Medical and sanitary report of the native army of Madras for the year
Year: 1878
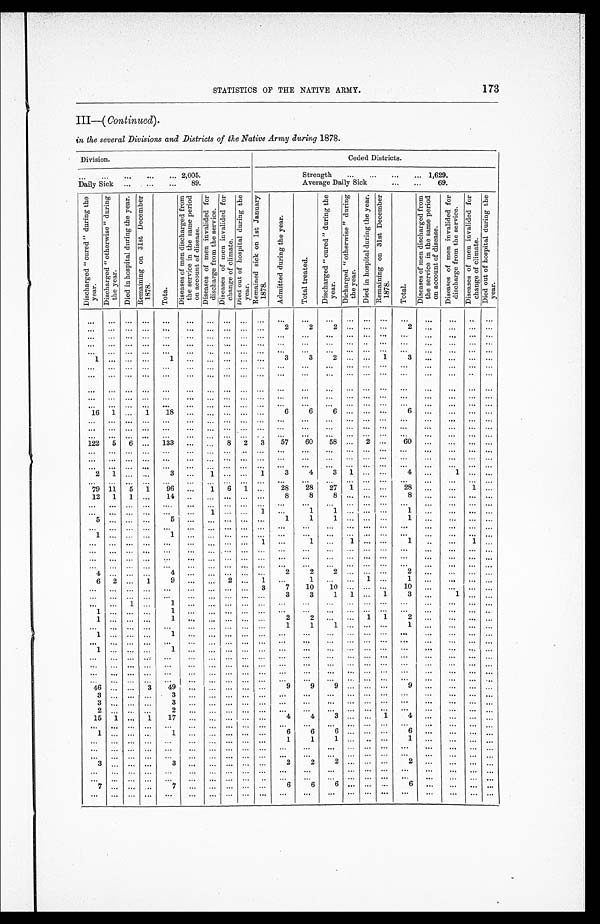
173
STATISTICS OF THE NATIVE ARMY.
I I I — (
C o n t i n u e d
) .
in the several Divisions and Districts of the Native Army during 1878.
D i v i s i o n .
C e d e d D i s t r i c t s .
. . . 2,005.
Strength . . .
1,629.
Daily Sick . . .
8 9 .
Average Daily Sick . . .
69.
D i s c h a r g e d " c u r e d " d u r i n g t h e
y e a r .
D i s c h a r g e d " o t h e r w i s e " d u r i n g t h e
year.
D i e d i n h o s p i t a l d u r i n g t h e y e a r .
R e m a i n i n g o n 3 1 s t D e c e m b e r
1878.
T o t a .
D i s e a s e s o f m e n d i s c h a r g e d f r o m
t h e s e r v i c e i n t h e s a m e p e r i o d
o n a c c o u n t o f d i s e a s e .
D i s e a s e s o f m e n i n v a l i d e d f o r
d i s c h a r g e f r o m t h e s e r v i c e .
D i s e a s e s o f m e n i n v a l i d e d f o r
c h a n g e o f c l i ma t e .
D i e d o u t o f h o s p i t a l d u r i n g t h e
year.
R e m a i n e d s i c k o n 1 s t J a n u a r y
1878.
A d m i t t e d d u r i n g t h e y e a r .
T o t a l t r e a t e d .
D i s c h a r g e d " c u r e d " d u r i n g t h e
y e a r .
D i s c h a r g e d " o t h e r w i s e " d u r i n g
the year.
D i e d i n h o s p i t a l d u r i n g t h e y e a r . R e m a i n i n g o n 3 1 s t D e c e m b e r
1878.
T o t a l .
D i s e a s e s o f m e n d i s c h a r g e d f r o m
t h e s e r v i c e i n t h e s a m e p e r i o d
o n a c c o u n t o f d i s e a s e .
D i s e a s e s o f m e n i n v a l i d e d f o r
d i s c h a r g e f r o m t h e s e r v i c e .
D i s e a s e s o f m e n i n v a l i d e d f o r c h a n g e o f c l i m a t e .
D i e d o u t o f h o s p i t a l d u r i n g t h e
year.
. . . . . .
. . .
. . .
. . .
. . .
. . .
. . .
. . .
. . .
. . .
. . .
. . .
. . .
. . .
. . .
. . .
. . .
. . .
. . .
. . .
. . . . . .
. . .
. . .
. . .
. . .
. . .
. . .
. . .
. . .
2
2
2
. . .
. . . . . .
2
. . .
. . .
. . .
. . .
. . . . . .
. . .
. . . . . .
. . .
. . .
. . .
. . .
. . .
. . .
. . .
. . .
. . .
. . .
. . .
. . .
. . .
. . .
. . .
. . .
. . . . . .
. . .
. . .
. . .
. . .
. . .
. . .
. . .
. . .
. . .
. . .
. . .
. . .
. . .
. . .
. . .
. . .
. . .
. . .
. . .
. . . . . .
. . .
. . . . . .
. . .
. . . . . .
. . .
. . .
. . .
. . .
. . .
. . .
. . .
. . .
. . .
. . .
. . .
. . .
. . .
1
. . .
. . .
. . .
1
. . .
. . .
. . .
. . . . . .
3
3
2
. . .
. . .
1
3
. . .
. . .
. . .
. . .
. . . . . .
. . .
. . .
. . .
. . .
. . .
. . .
. . . . . .
. . .
. . .
. . .
. . .
. . .
. . .
. . .
. . .
. . .
. . .
. . .
. . .
. . .
. . .
. . . . . .
. . .
. . .
. . .
. . .
. . .
. . .
. . .
. . .
. . .
. . .
. . .
. . .
. . .
. . .
. . .
. . .
. . . . . .
. . .
. . .
. . .
. . .
. . .
. . .
. . .
. . .
. . .
. . .
. . .
. . .
. . .
. . .
. . .
. . .
. . .
. . .
. . .
. . .
. . .
. . .
. . .
. . .
. . .
. . .
. . .
. . .
. . .
. . .
. . .
. . .
. . .
. . .
. . .
. . .
. . .
. . .
. . .
. . .
. . . . . .
. . .
. . .
. . .
. . .
. . .
. . .
. . .
. . .
. . .
. . .
. . .
. . .
. . .
. . .
. . .
. . .
. . .
. . .
. . .
16
1
. . .
1
18
. . .
. . .
. . .
. . .
. . .
6
6
6
. . .
. . . . . .
6
. . .
. . .
. . .
. . .
. . .
. . .
. . .
. . .
. . .
. . .
. . .
. . .
. . .
. . .
. . .
. . .
. . .
. . .
. . .
. . .
. . .
. . .
. . .
. . .
. . .
. . . . . .
. . .
. . .
. . .
. . .
. . .
. . .
. . .
. . .
. . .
. . .
. . .
. . .
. . .
. . .
. . .
. . .
. . .
. . .
. . .
. . . . . .
. . .
. . . . . .
. . .
. . .
. . .
. . .
. . .
. . .
. . .
. . .
. . .
. . .
. . .
. . .
. . .
. . .
. . .
. . .
122
5
6
. . .
133
. . .
. . .
8
2
3
57
60
58
. . .
2
. . .
60
. . .
. . .
. . .
. . .
. . . . . .
. . .
. . .
. . .
. . .
. . .
. . .
. . .
. . .
. . .
. . .
. . .
. . .
. . .
. . .
. . .
. . .
. . .
. . .
. . .
. . . . . .
. . .
. . .
. . .
. . .
. . .
. . .
. . .
. . .
. . .
. . .
. . .
. . .
. . .
. . .
. . .
. . .
. . .
. . .
. . .
. . .
. . .
. . .
. . .
. . .
. . .
. . .
. . .
. . .
. . .
. . .
. . .
. . .
. . .
. . .
. . .
. . .
. . .
. . .
. . .
. . .
2
1
. . .
. . .
3
. . .
1
. . .
. . .
1
3
4
3
1
. . .
. . .
4
. . .
1
. . .
. . .
. . . . . .
. . .
. . .
. . .
. . .
. . . . . .
. . .
. . .
. . .
. . .
. . .
. . .
. . .
. . .
. . .
. . .
. . .
. . .
. . .
79
11
5
1
96
. . .
1
6
1
. . .
28
28
27
1
. . .
. . .
28
. . .
. . .
1
. . .
12
1
1
. . .
14
. . .
. . . . . .
. . .
. . .
8
8
8
. . .
. . . . . .
8
. . .
. . .
. . .
. . .
. . . . . .
. . .
. . .
. . .
. . .
. . .
. . .
. . .
. . .
. . .
. . .
. . .
. . .
. . .
. . .
. . .
. . .
. . .
. . .
. . .
. . . . . .
. . .
. . .
. . .
. . .
1
. . .
. . .
1
. . .
1 1
. . .
. . . . . .
1
. . .
. . .
. . .
. . .
5
. . .
. . .
. . .
5
. . .
. . .
. . .
. . .
. . .
1
1 1
. . .
. . . . . .
1
. . .
. . .
. . .
. . .
. . . . . .
. . .
. . .
. . .
. . .
. . .
. . .
. . .
. . .
. . .. . .
. . .
. . .
. . . . . .
. . .
. . .
. . .
. . .
. . .
1
. . .
. . .
. . .
1
. . .
. . .
. . .
. . .
. . .
. . .
. . .
. . .
. . .
. . .
. . .
. . .
. . .
. . .
. . .
. . .
. . . . . .
. . .
. . .
. . .
. . .
. . .
. . .
. . .
1
. . .
1
. . .
1
. . . . . .
1
. . .
. . .
1
. . .
. . . . . .
. . .
. . .
. . .
. . .
. . . . . .
. . .
. . .
. . .
. . . . . .
. . .
. . . . . .
. . .
. . .
. . .
. . .
. . .
. . . . . .
. . .
. . .
. . .
. . .
. . .
. . .
. . .
. . .
. . .
. . .
. . .
. . .
. . .
. . .
. . .
. . .
. . .
. . .
. . .
. . . . . .
. . .
. . .
. . .
. . .
. . .
. . .
. . .
. . .
. . .
. . .
. . .
. . .
. . . . . .
. . .
. . .
. . .
. . .
. . .
4
. . .
. . .
. . .
4
. . .
. . .
. . .
. . .
. . .
2
2 2
. . .
. . . . . .
2
. . .
. . .
. . .
. . .
6
2
. . .
1
9
. . . . . .
2
. . .
1
. . .
1
. . .
. . . 1
. . .
1
. . .
. . .
. . .
. . .
. . .
. . .
. . .
. . .
. . .
. . .
. . .
. . .
. . .
3
7
10
10
. . .
. . .
. . .
10
. . .
. . .
. . .
. . .
. . . . . .
. . .
. . .
. . .
. . .
. . .
. . .
. . .
. . .
3
3
1
1
. . .
1
3
. . .
1
. . .
. . .
. . .
. . .
1
. . .
1
. . .
. . .
. . .
. . .
. . .
. . .
. . .
. . .
. . .
. . .
. . .
. . .
. . .
. . .
. . .
. . .
1
. . .
. . .
. . .
1
. . .
. . .
. . .
. . .
. . .
. . .
. . .
. . .
. . .
. . .
. . .
. . .
. . .
. . .
. . .
. . .
1
. . .
. . .
. . .
1
. . .
. . .
. . .
. . .
. . .
2
2
. . .
. . .
1
1
2
. . .
. . .
. . .
. . .
. . . . . .
. . .
. . .
. . .
. . .
. . .
. . .
. . .
. . .
1
1 1
. . .
. . . . . .
1
. . .
. . .
. . .
. . .
1
. . .
. . .
. . .
1
. . .
. . .
. . .
. . .
. . .
. . .
. . .
. . .
. . .
. . .
. . .
. . .
. . .
. . .
. . .
. . .
. . .
. . .
. . .
. . .
. . .
. . .
. . .
. . .
. . .
. . .
. . .
. . .
. . .
. . .
. . .
. . .
. . .
. . .
. . .
. . .
. . .
1
. . .
. . .
. . .
1
. . .
. . .
. . .
. . .
. . .
. . .
. . .
. . .
. . .
. . .
. . .
. . .
. . .
. . .
. . .
. . .
. . . . . .
. . .
. . .
. . .
. . .
. . .
. . .
. . .
. . .
. . .
. . .
. . .
. . .
. . .
. . .
. . .
. . .
. . .
. . .
. . .
. . .
. . .
. . .
. . .
. . .
. . .
. . .
. . .
. . .
. . .
. . .
. . .
. . .
. . .
. . .
. . .
. . .
. . .
. . .
. . .
. . .
. . . . . .
. . .
. . .
. . .
. . .
. . .
. . .
. . .
. . .
. . .
. . .
. . .
. . .
. . .
. . .
. . .
. . .
. . .
. . .
. . .
. . . . . .
. . .
. . .
. . .
. . .
. . .
. . .
. . .
. . .
. . .
. . .
. . .
. . .
. . .
. . .
. . .
. . .
. . .
. . .
. . .
46
. . .
. . .
3
49
. . .
. . .
. . .
. . .
. . .
9
9 9
. . .
. . . . . .
9
. . .
. . .
. . .
. . .
3
. . .
. . .
. . .
3
. . .
. . .
. . .
. . .
. . .
. . .
. . .
. . .
. . .
. . .
. . .
. . .
. . .
. . .
. . .
. . .
3
. . .
. . .
. . .
3
. . .
. . .
. . .
. . .
. . .
. . .
. . .
. . .
. . .
. . .
. . .
. . .
. . .
. . .
. . .
. . .
2
. . .
. . .
. . .
2
. . .
. . .
. . .
. . .
. . .
. . .
. . .
. . .
. . .
. . .
. . .
. . .
. . .
. . .
. . .
. . .
15
1
. . .
1
17
. . .
. . .
. . .
. . .
. . .
4
4
3
. . .
. . .
1
4
. . .
. . .
. . .
. . .
. . .
. . .
. . .
. . .
. . .
. . .
. . .
. . .
. . .
. . .
. . .
. . .
. . .
. . .
. . .
. . .
. . .
. . .
. . .
. . .
. . .
1
. . .
. . .
. . .
1
. . .
. . .
. . .
. . .
. . .
6
6 6
. . .
. . . . . .
6
. . .
. . .
. . .
. . .
. . .
. . .
. . .
. . .
. . .
. . .
. . . .
. . .
. . .
. . .
1
1 1
. . .
. . . . . .
1
. . .
. . .
. . .
. . .
. . . . . .
. . .
. . .
. . .
. . .
. . .
. . .
. . .
. . .
. . .
. . .
. . .
. . .
. . .
. . .
. . .
. . .
. . .
. . .
. . .
. . .
. . .
. . .
. . .
. . .
. . .
. . .
. . .
. . .
. . .
. . .
. . .
. . .
. . .
. . . . . .
. . .
. . .
. . .
. . .
. . .
3
. . .
. . .
. . .
3
. . .
. . .
. . .
. . .
. . .
2
2 2
. . .
. . . . . .
2
. . .
. . .
. . .
. . .
. . . . . .
. . .
. . .
. . .
. . .
. . .
. . .
. . .
. . .
. . .
. . .
. . .
. . .
. . .
. . .
. . .
. . .
. . .
. . .
. . .
. . . . . .
. . .
. . .
. . .
. . .
. . .
. . .
. . .
. . .
. . .
. . .
. . .
. . .
. . .
. . .
. . .
. . .
. . .
. . .
. . .
7
. . .
. . .
. . .
7
. . .
. . .
. . .
. . .
. . .
6
6
6
. . .
. . .
. . .
6
. . .
. . .
. . .
. . .
. . . . . .
. . .
. . .
. . .
. . .
. . .
. . .
. . .
. . .
. . .
. . . . . .
. . .
. . .. . .
. . .
. . .
. . .
. . .
. . .